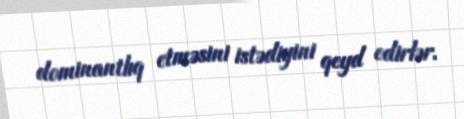
dominantlıq etməsini istədiyini qeyd edirlər.